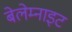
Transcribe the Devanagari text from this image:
बेलेम्नाइट